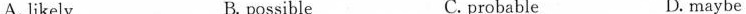
A. likely B. possible C. probable D. maybe